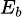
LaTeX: \scriptstyle{E_{b}}